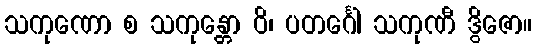
သကုဏော စ သကုန္တော ဝိ၊ ပတင်္ဂေါ သကုဏီ ဒွိဇော။